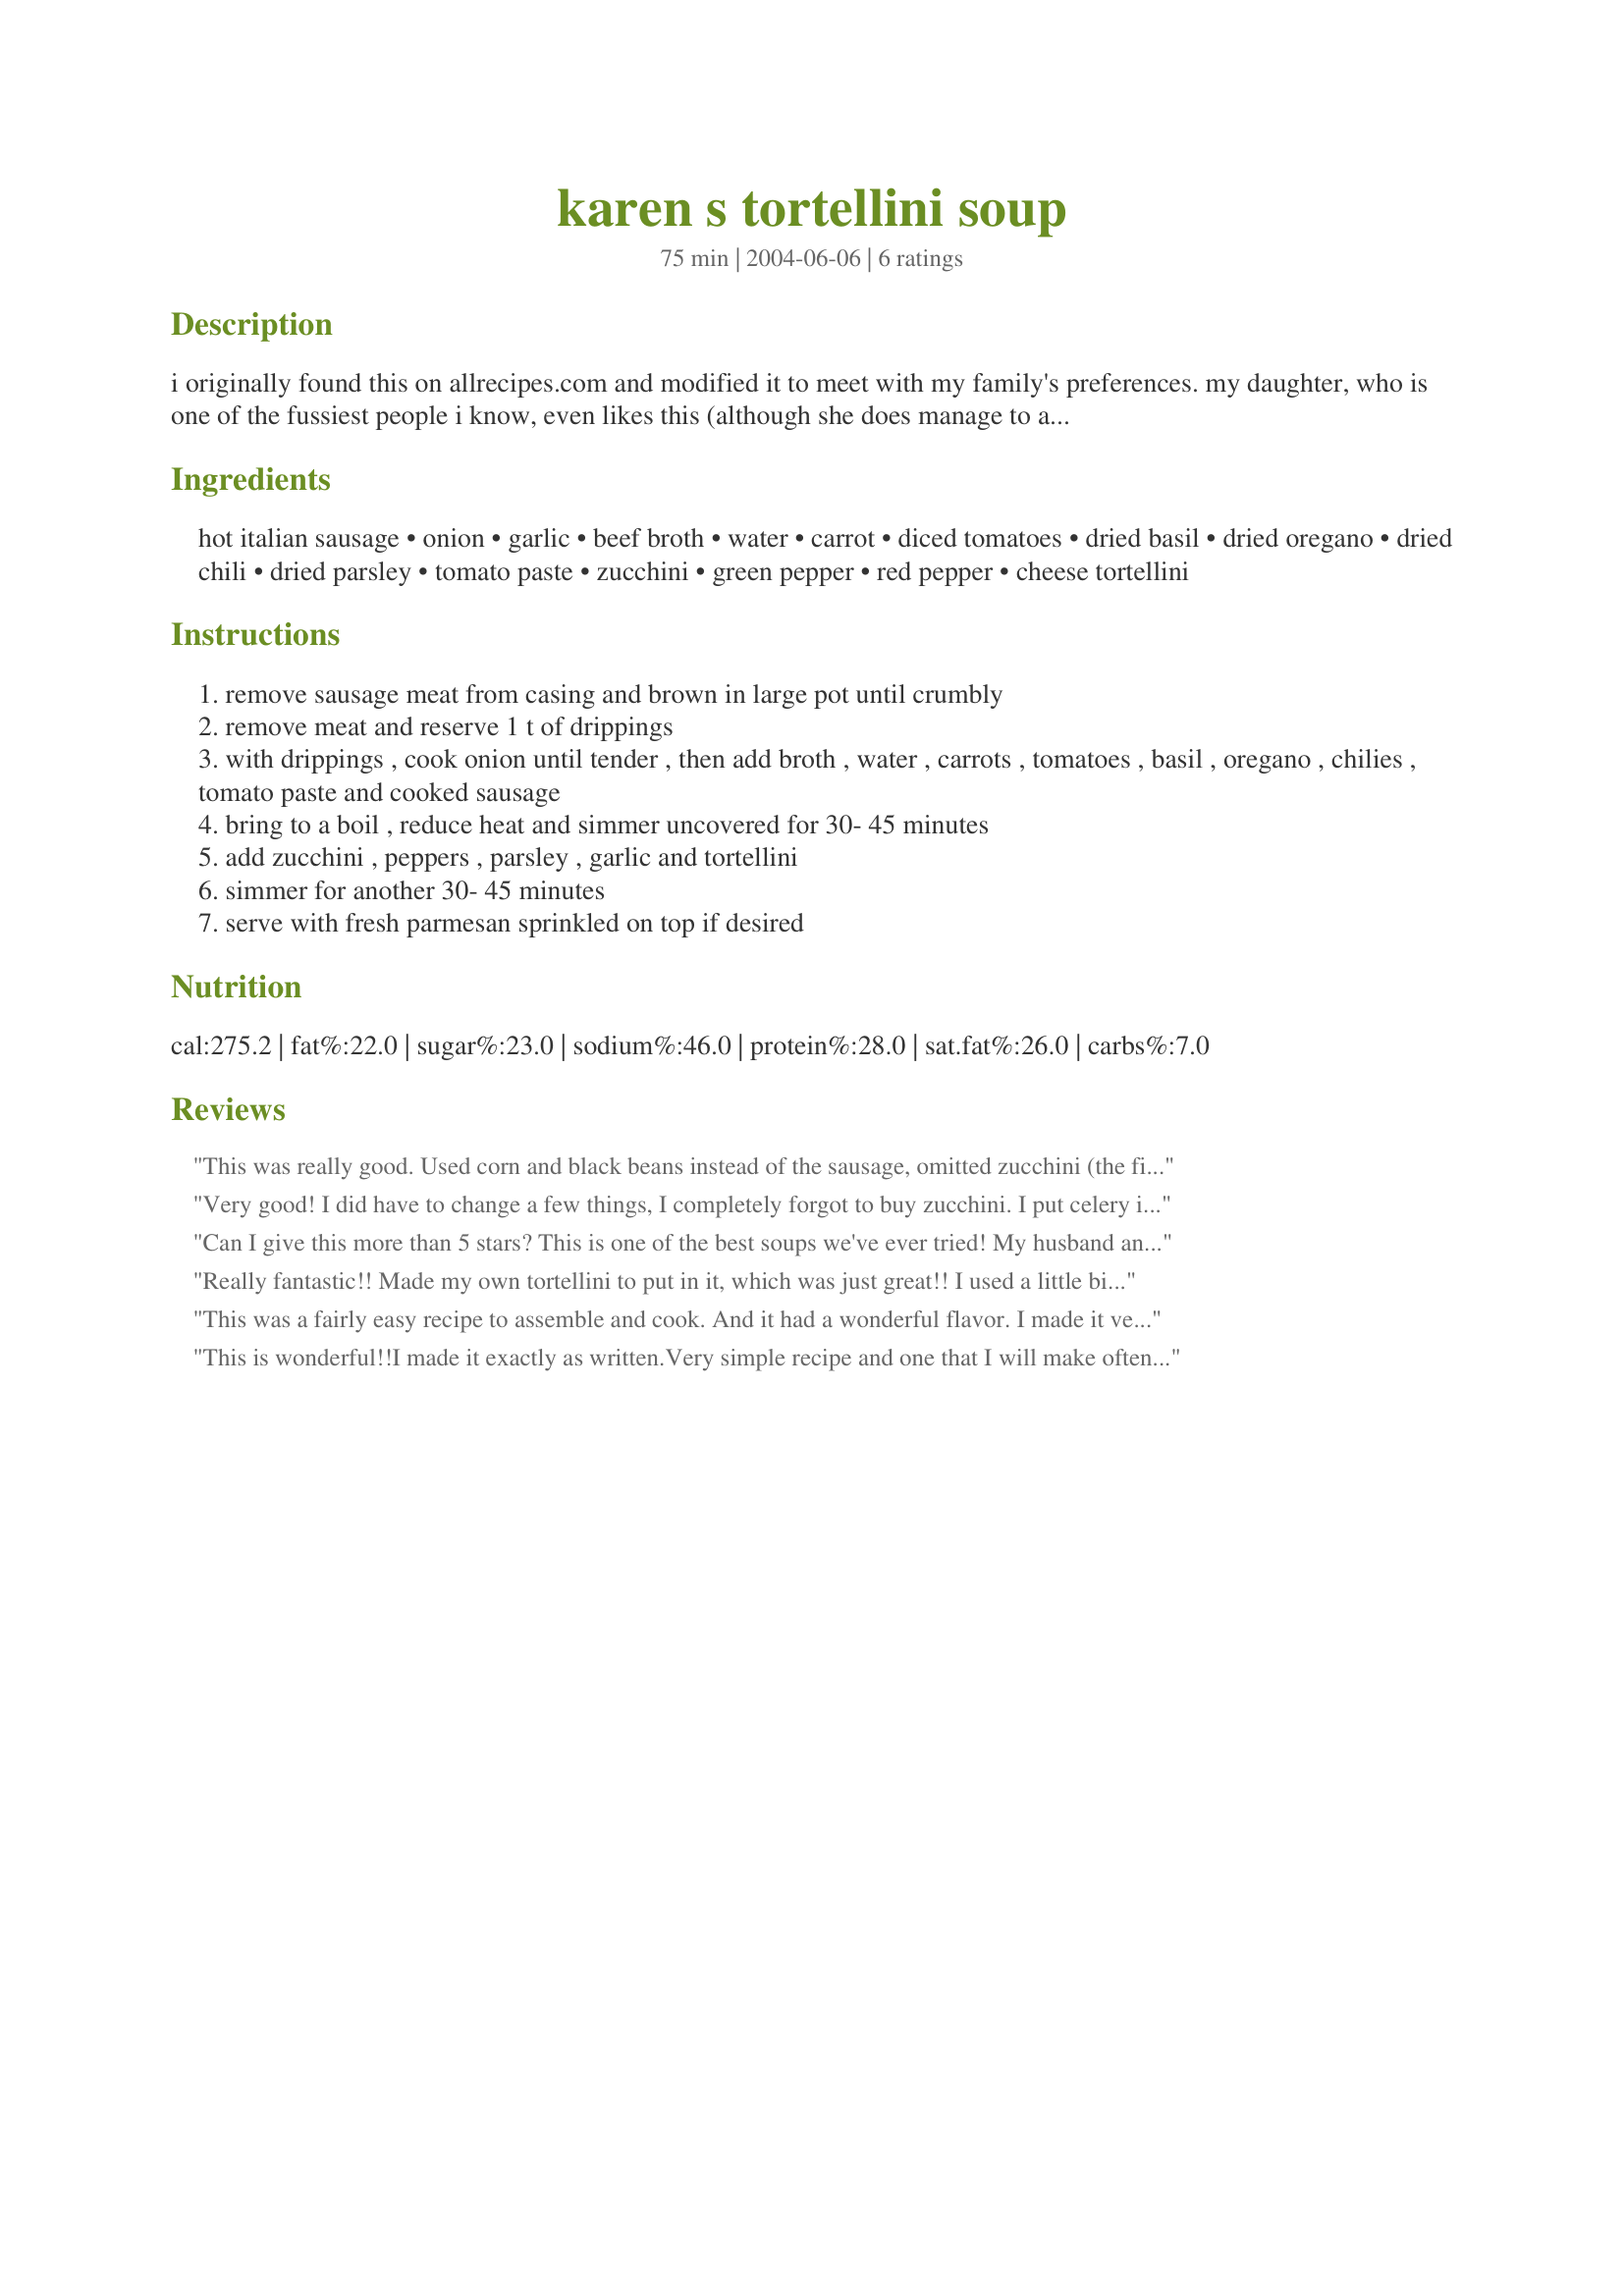
karen s tortellini soup
Preparation time: 75 minutes

i originally found this on allrecipes.com and modified it to meet with my family's preferences. my daughter, who is one of the fussiest people i know, even likes this (although she does manage to avoid getting any chunks of vegetables in her bowl). we like it hot, but you can cool the heat by using sweet sausage and not adding the dried chilis. if you can find them use the mini tortellini.

Ingredients:
hot italian sausage, onion, garlic, beef broth, water, carrot, diced tomatoes, dried basil, dried oregano, dried chili, dried parsley, tomato paste, zucchini, green pepper, red pepper, cheese tortellini

Steps:
remove sausage meat from casing and brown in large pot until crumbly
remove meat and reserve 1 t of drippings
with drippings , cook onion until tender , then add broth , water , carrots , tomatoes , basil , oregano , chilies , tomato paste and cooked sausage
bring to a boil , reduce heat and simmer uncovered for 30- 45 minutes
add zucchini , peppers , parsley , garlic and tortellini
simmer for another 30- 45 minutes
serve with fresh parmesan sprinkled on top if desired

Reviews:
This was really good. Used corn and black beans instead of the sausage, omitted zucchini (the fiance and I aren't big fans), and used recipe #217620 for the broth. I also used 8oz of dried tortellini and increased the broth 2 cups. Simple, yummy dish to make vegetarian.
Very good! I did have to change a few things, I completely forgot to buy zucchini. I put celery in instead and a can of kidney beans. It was excellent and I will definitely make it again.
Can I give this more than 5 stars? This is one of the best soups we've ever tried! My husband and I loved it! I left out the peppers, zucchini and chilies, which probably gives it a totally different outcome, but we loved it anyway! My husband is already asking me to make it again!! Thanks for the great recipe!
Really fantastic!! Made my own tortellini to put in it, which was just great!!
I used a little bit of hot sausage, but substituted the rest for a smokey kabana. This is a great alternative as my husband is not keen on spicy stuff.
My husband is RAVING about it. he has smelled it cooking all day and was very grateful to finally be able to eat some. Best thing was there is plenty left over to freeze for another night. Thanks very much Karen1961. This is now in my monthly cooking!!
This was a fairly easy recipe to assemble and cook. And it had a wonderful flavor. I made it vegetarian so omitted the sausage and beef broth and substituted, vegetable broth and black beans and corn. I wasn't sure what kind of dried chilies you meant so I just sprinkled some crushed red pepper in the pot. It was delicious. Thanks for sharing your recipe Karen1961!
This is wonderful!!I made it exactly as written.Very simple recipe and one that I will make often, it is absolutely delicious!! Thanks for a keeper!
